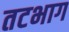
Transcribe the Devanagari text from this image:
तटभाग